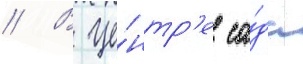
// В це́нтр'е са́да